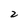
Character: 2